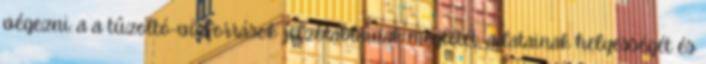
végezni: a a tûzoltó-vízforrások jelzõtábláinak meglétét, adatainak helyességét és